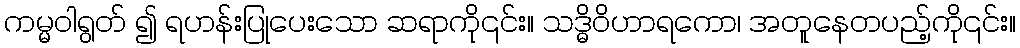
ကမ္မဝါရွတ် ၍ ရဟန်းပြုပေးသော ဆရာကို၎င်း။ သဒ္ဓိဝိဟာရကော၊ အတူနေတပည့်ကို၎င်း။